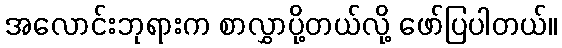
အလောင်းဘုရားက စာလွှာပို့တယ်လို့ ဖော်ပြပါတယ်။